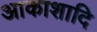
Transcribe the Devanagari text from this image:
आकाशादि